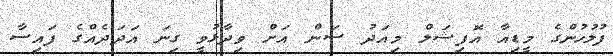
ފުލުހުންގެ މީޑިއާ އޮފިޝަލް މިއަދު ސަން އަށް ވިދާޅުވީ ގިނަ އަދަދެއްގެ ފައިސާ